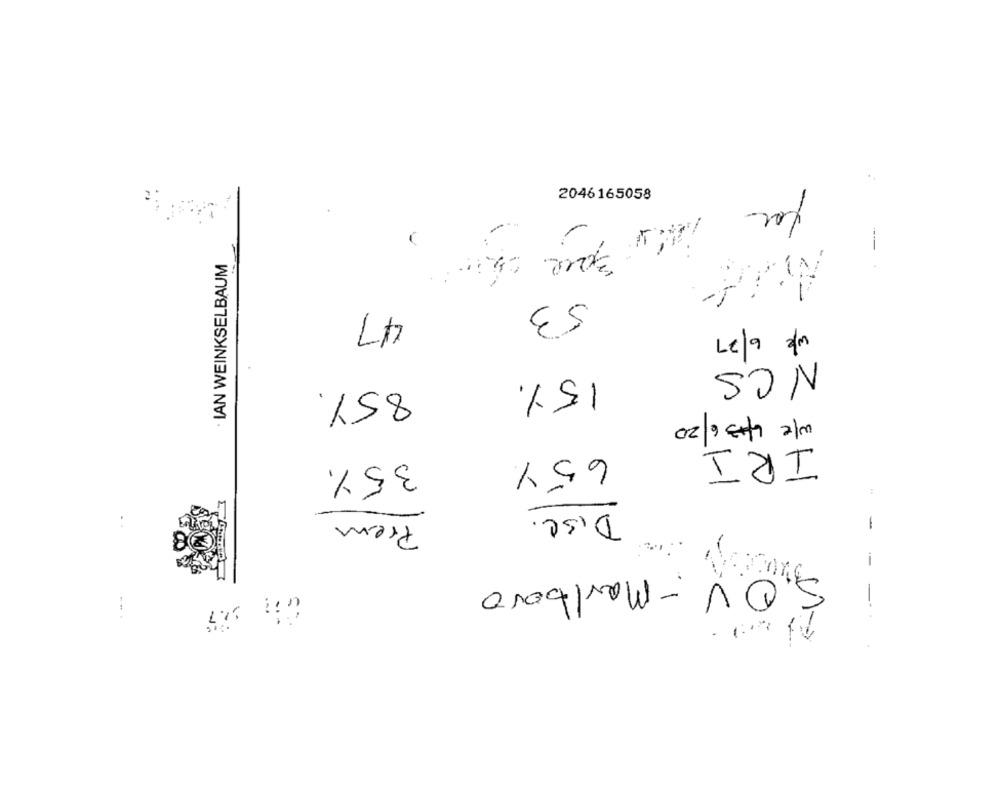
2046165058
for
-
IAN WEINKSELBAUM
IM
53
47
w/ 6/ 27
NCS
15%
85%
w/e 4+3 6/20
IRI
35%
65%
:
Prem
Disc.
-
S.O.V .- Marlboro